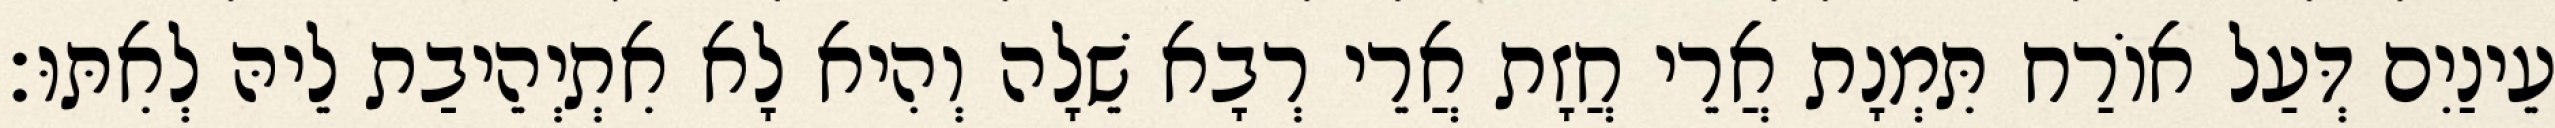
עֵינַיִם דְּעַל אוֹרַח תִּמְנָת אֲרֵי חֲזָת אֲרֵי רְבָא שֵׁלָה וְהִיא לָא אִתְיְהֵיבַת לֵיהּ לְאִתּוּ׃